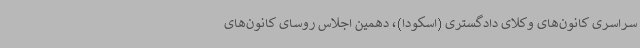
سراسری کانون‌های وکلای دادگستری (اسکودا)، دهمین اجلاس روسای کانون‌های